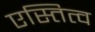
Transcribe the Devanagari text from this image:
एस्तित्व